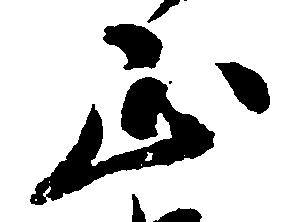
正